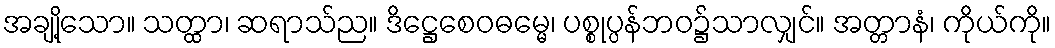
အချို့သော။ သတ္ထာ၊ ဆရာသ်ည။ ဒိဋ္ဌေစေဝဓမ္မေ၊ ပစ္စုပ္ပန်ဘဝ၌သာလျှင်။ အတ္တာနံ၊ ကိုယ်ကို။